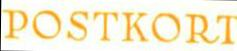
POSTKORT